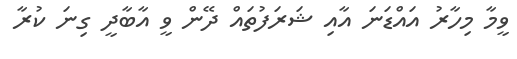
ވީމާ މިހާރު އައްޑަނަ އާއި ޝަރަފުތައް ދޭން ވީ އާބާދީ ގިނަ ކުރާ